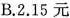
B.2.15元